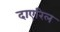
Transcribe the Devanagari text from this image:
दाएरिल